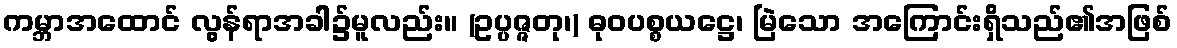
ကမ္ဘာအထောင် လွန်ရာအခါ၌မူလည်း။ (ဥပ္ပဇ္ဇတု၊) ဓုဝပစ္စယဋ္ဌေ၊ မြဲသော အကြောင်းရှိသည်၏အဖြစ်